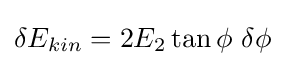
\delta E_{kin}=2E_{2}\tan \phi \ \delta \phi